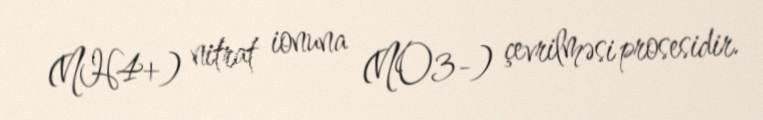
(NH4+) nitrat ionuna (NO3-) çevrilməsi prosesidir.